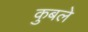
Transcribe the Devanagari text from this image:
कुबले